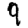
Digit: 9